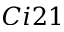
C i 2 1